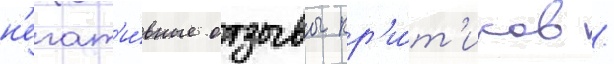
н'егат'и́вные отзывы кр'и́т'иков /